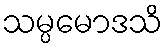
သမ္ပမောဒသိ